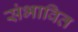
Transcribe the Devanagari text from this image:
संभावित